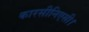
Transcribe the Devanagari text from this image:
कारसीनिएसी।